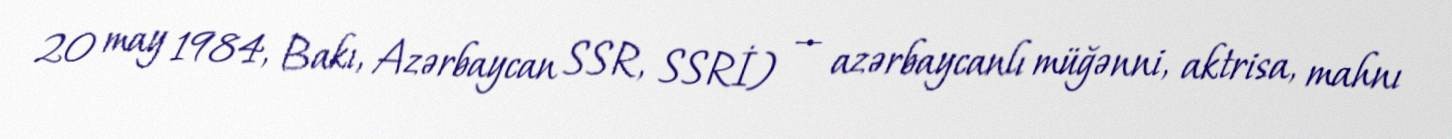
20 may 1984, Bakı, Azərbaycan SSR, SSRİ) — azərbaycanlı müğənni, aktrisa, mahnı